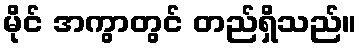
မိုင် အကွာတွင် တည်ရှိသည်။